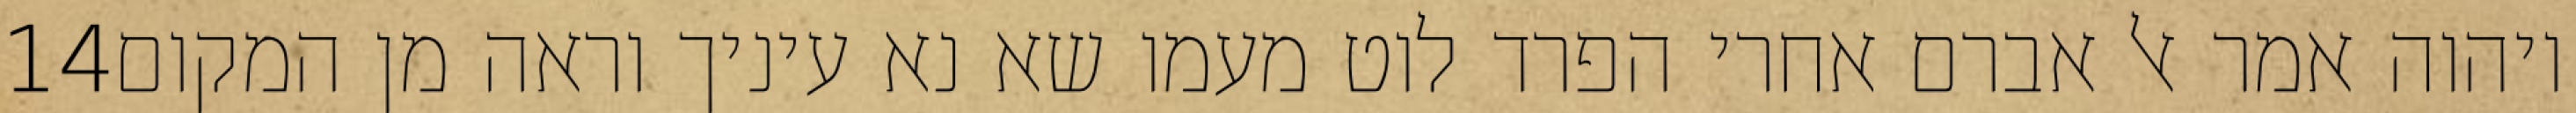
‎14‏ ויהוה אמר אל אברם אחרי הפרד לוט מעמו שא נא עיניך וראה מן המקום